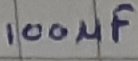
Text: 100µF